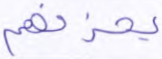
يحزنهم